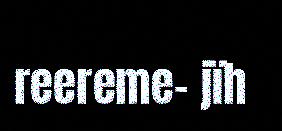
reereme- jïh